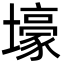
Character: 壕